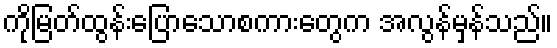
ကိုမြတ်ထွန်းပြောသောစကားတွေက အလွန်မှန်သည်။